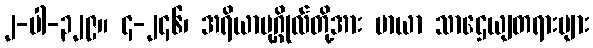
၂-ပါ-၃၂၉။ ၄-၂၄၆၊ အရိယာပုဂ္ဂိုလ်တို့အား မာယာ သာဌေယျတရားများ